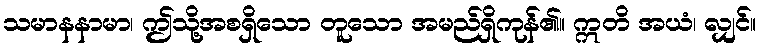
သမာနနာမာ၊ ဤသို့အစရှိသော တူသော အမည်ရှိကုန်၏။ ဣတိ အယံ၊ လျှင်။